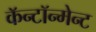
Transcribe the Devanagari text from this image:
कॅन्टॉन्मेन्ट